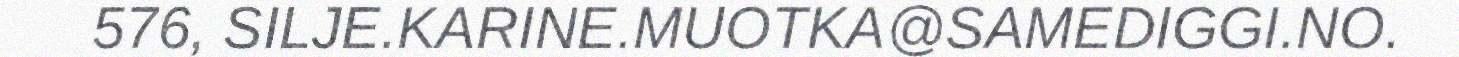
576, SILJE.KARINE.MUOTKA@SAMEDIGGI.NO.